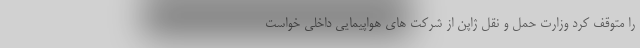
را متوقف کرد وزارت حمل و نقل ژاپن از شرکت های هواپیمایی داخلی خواست